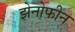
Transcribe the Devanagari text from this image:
झेनोफीन